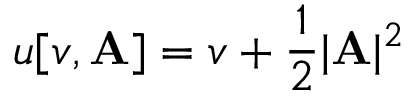
u [ v , \mathbf { A } ] = v + \frac 1 2 \vert \mathbf { A } \vert ^ { 2 }